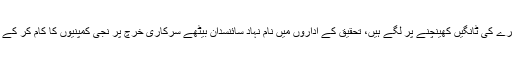
ان اداروں کی حالت یہ ہے کہ زرعی یونیورسٹیوں میں اساتذہ ایک دوسرے کی ٹانگیں کھینچنے پر لگے ہیں، تحقیق کے اداروں میں نام نہاد سائنسدان بیٹھے سرکاری خرچ پر نجی کمپنیوں کا کام کر کے پیسے کماتے ہیں یا ایک دوسرے کے خلاف سیاست کرتے رہتے ہیں۔